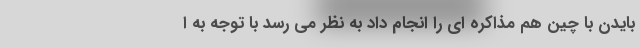
بایدن با چین هم مذاکره ای را انجام داد به نظر می رسد با توجه به ا